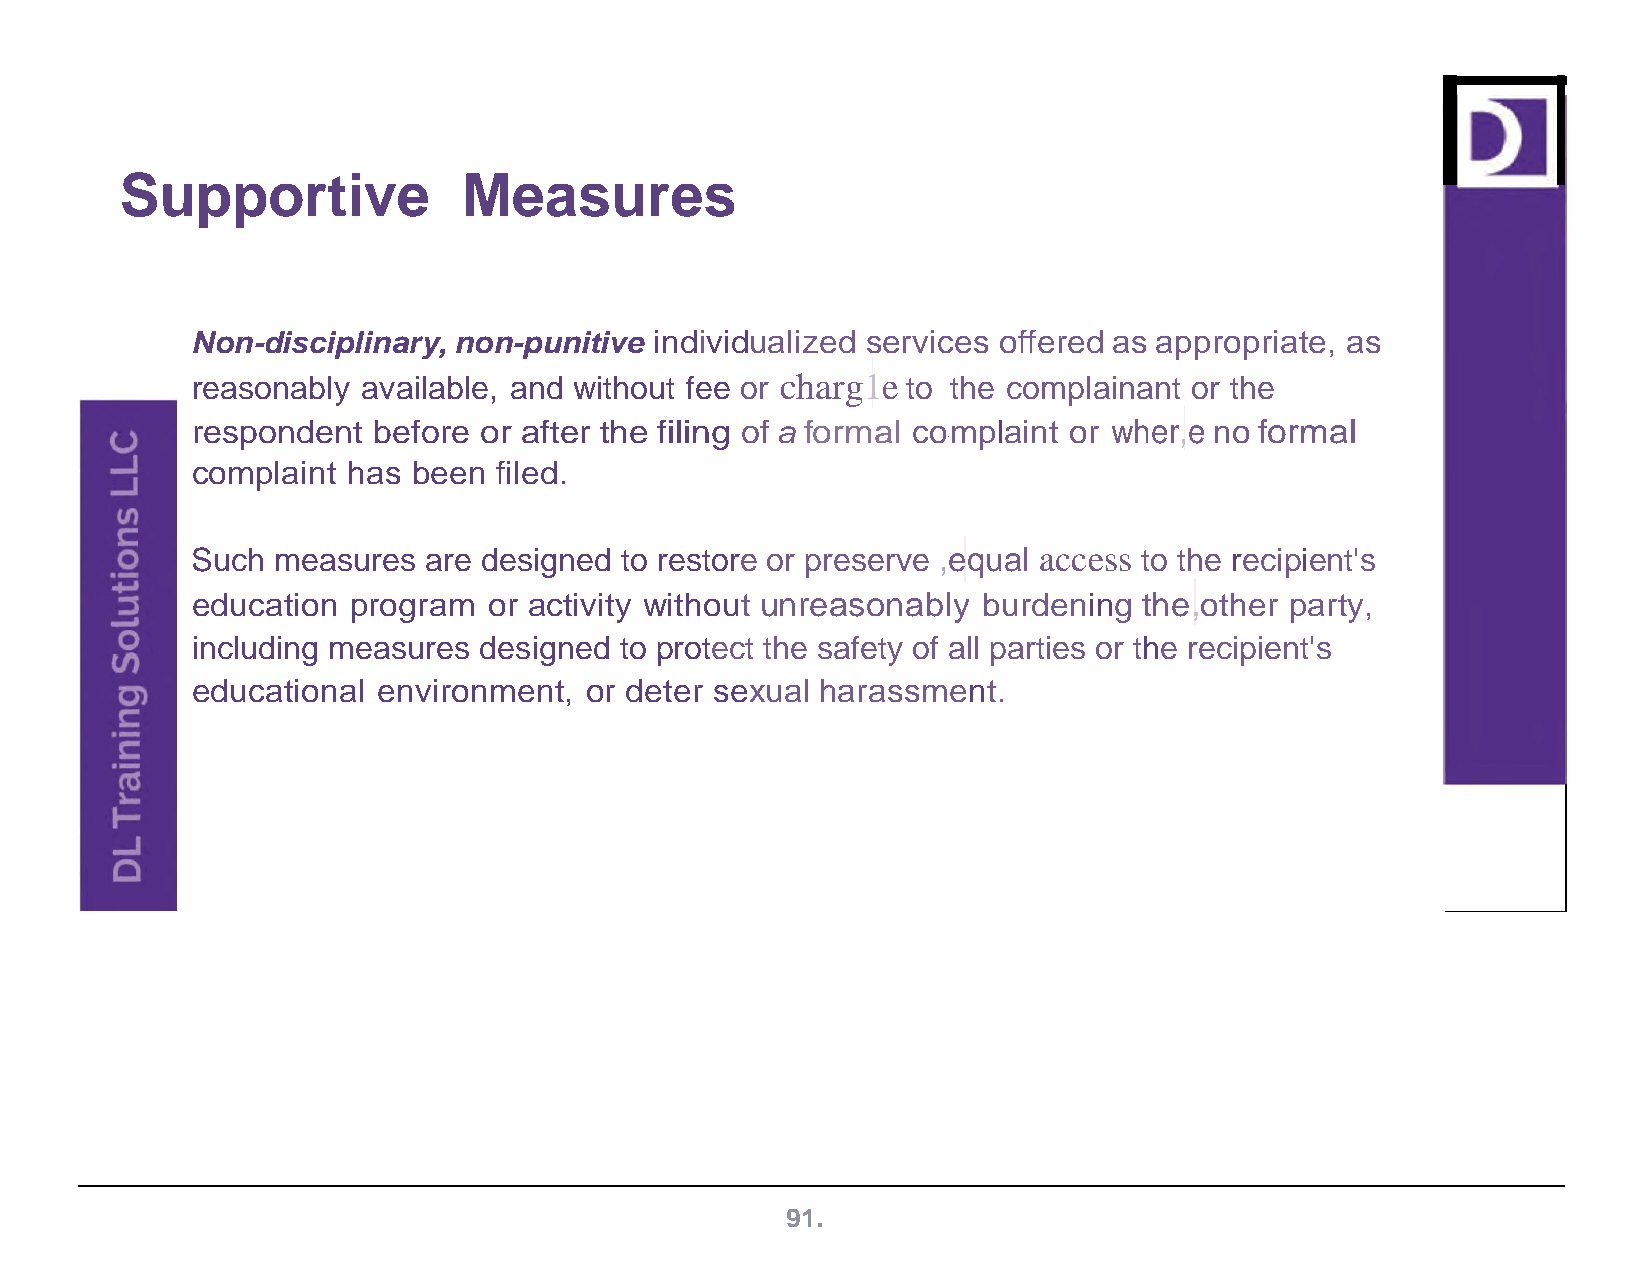
Supportive             Measures
 Non-disciplinary, non-punitive individualized services offered as appropriate, as
 reasonably available, and without fee or charg1e to the complainant or the
 respondent  before or after the filing of a formal complaint or wher,e no formal
 1
 complaint has been  filed.
 Such measures  are designed to restore or preserve ,equal access to the recipient's
 education program  or activity without unreasonably burdening  the,other party,
 including measures designed to protect the safety of all parties or the recipient's
 educational environment,  or deter sexual harassment.
 91.